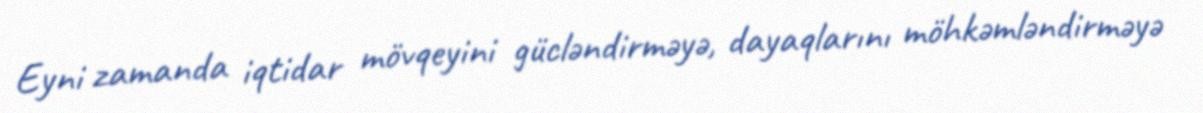
Eyni zamanda iqtidar mövqeyini gücləndirməyə, dayaqlarını möhkəmləndirməyə